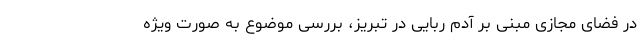
در فضای مجازی مبنی بر آدم ربایی در تبریز، بررسی موضوع به صورت ویژه